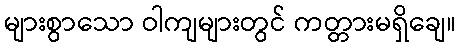
များစွာသော ဝါကျများတွင် ကတ္တားမရှိချေ။